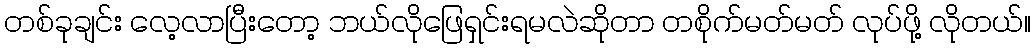
တစ်ခုချင်း လေ့လာပြီးတော့ ဘယ်လိုဖြေရှင်းရမလဲဆိုတာ တစိုက်မတ်မတ် လုပ်ဖို့ လိုတယ်။